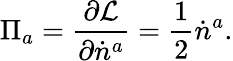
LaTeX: \Pi_{a}=\frac{\partial{\cal L}}{\partial\dot{n}^{a}}=\frac{1}{2}\dot{n}^{a}.